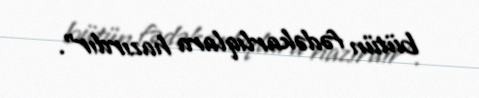
bütün fədəkarlıqlara hazırdır”.